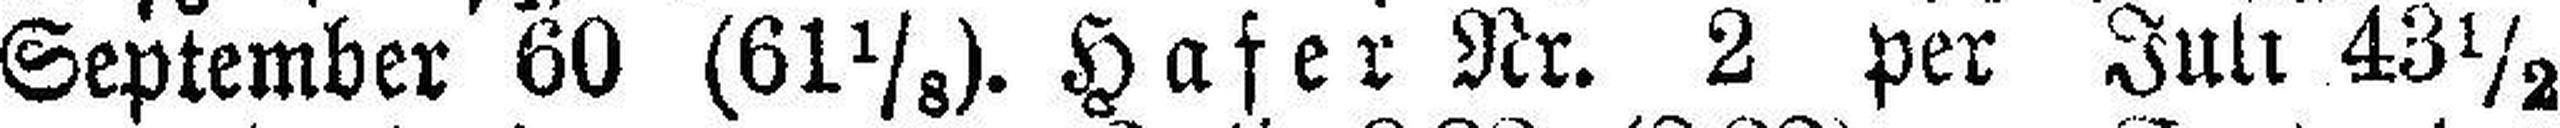
September 60 (61⅛). Hafer Nr. 2 per Juli 43½